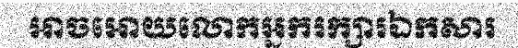
អាចអោយលោកអ្នករក្សារឯកសារ